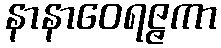
နာနာဝေရဇ္ဇကာ